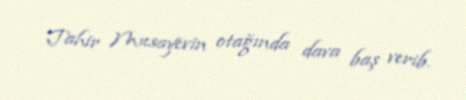
Tahir Musayevin otağında dava baş verib.